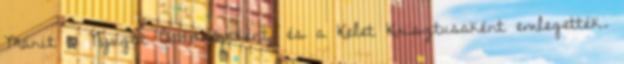
Mánit a Nyugat Buddhájaként, és a Kelet Krisztusaként emlegették.